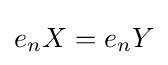
e_{n}X=e_{n}Y